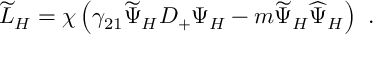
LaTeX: \widetilde { \cal L } _ { H } = \chi \left( \gamma _ { 2 1 } \widetilde { \Psi } _ { H } { \cal D } _ { + } \Psi _ { H } - m \widetilde { \Psi } _ { H } \widehat { \Psi } _ { H } \right) ~ .